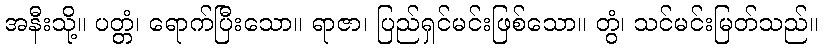
အနီးသို့။ ပတ္တံ၊ ရောက်ပြီးသော။ ရာဇာ၊ ပြည်ရှင်မင်းဖြစ်သော။ တွံ၊ သင်မင်းမြတ်သည်။